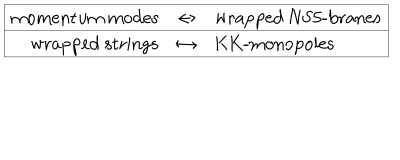
\begin{array} { | r c l | } \hline { { \mathrm { m o m e n t u m ~ m o d e s } } } & { { \leftrightarrow } } & { { \mathrm { w r a p p e d ~ N S 5 - b r a n e s } } } \\ \hline { { \mathrm { w r a p p e d ~ s t r i n g s } } } & { { \leftrightarrow } } & { { \mathrm { K K - m o n o p o l e s } } } \\ \hline { { } } \\ \end{array}